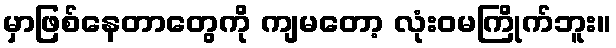
မှာဖြစ်နေတာတွေကို ကျမတော့ လုံးဝမကြိုက်ဘူး။